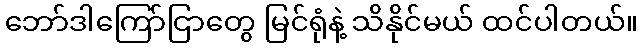
ဘော်ဒါကြော်ငြာတွေ မြင်ရုံနဲ့ သိနိုင်မယ် ထင်ပါတယ်။